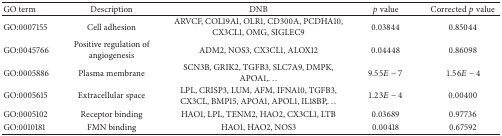
<table><thead><tr><td><b>GO term</b></td><td><b>Description</b></td><td><b>DNB</b></td><td><b><i>p</i> value</b></td><td><b>Corrected <i>p</i> value</b></td></tr></thead><tbody><tr><td>GO:0007155</td><td>Cell adhesion</td><td> ARVCF, COL19A1, OLR1, CD300A, PCDHA10, CX3CL1, OMG, SIGLEC9</td><td>0.03844</td><td>0.85044</td></tr><tr><td>GO:0045766</td><td>Positive regulation of angiogenesis</td><td>ADM2, NOS3, CX3CL1, ALOX12</td><td>0.04448</td><td>0.86098</td></tr><tr><td>GO:0005886</td><td>Plasma membrane</td><td>SCN3B, GRIK2, TGFB3, SLC7A9, DMPK, APOA1,...</td><td>9.55<i>E</i> − 7</td><td> 1.56<i>E</i> − 4</td></tr><tr><td>GO:0005615</td><td>Extracellular space</td><td>LPL, CRISP3, LUM, AFM, IFNA10, TGFB3, CX3CL, BMP15, APOA1, APOL1, IL18BP,...</td><td>1.23<i>E</i> − 4</td><td>0.00400</td></tr><tr><td>GO:0005102</td><td>Receptor binding</td><td>HAO1, LPL, TENM2, HAO2, CX3CL1, LTB</td><td>0.03689</td><td>0.97736</td></tr><tr><td>GO:0010181</td><td>FMN binding</td><td>HAO1, HAO2, NOS3</td><td>0.00418</td><td>0.67592</td></tr></tbody></table>